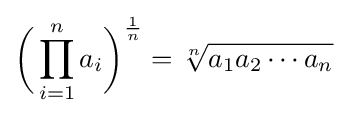
{\biggl (}\prod _{i=1}^{n}a_{i}{\biggr )}^{\frac {1}{n}}={\sqrt[{n}]{a_{1}a_{2}\cdots a_{n}{\vphantom {t}}}}